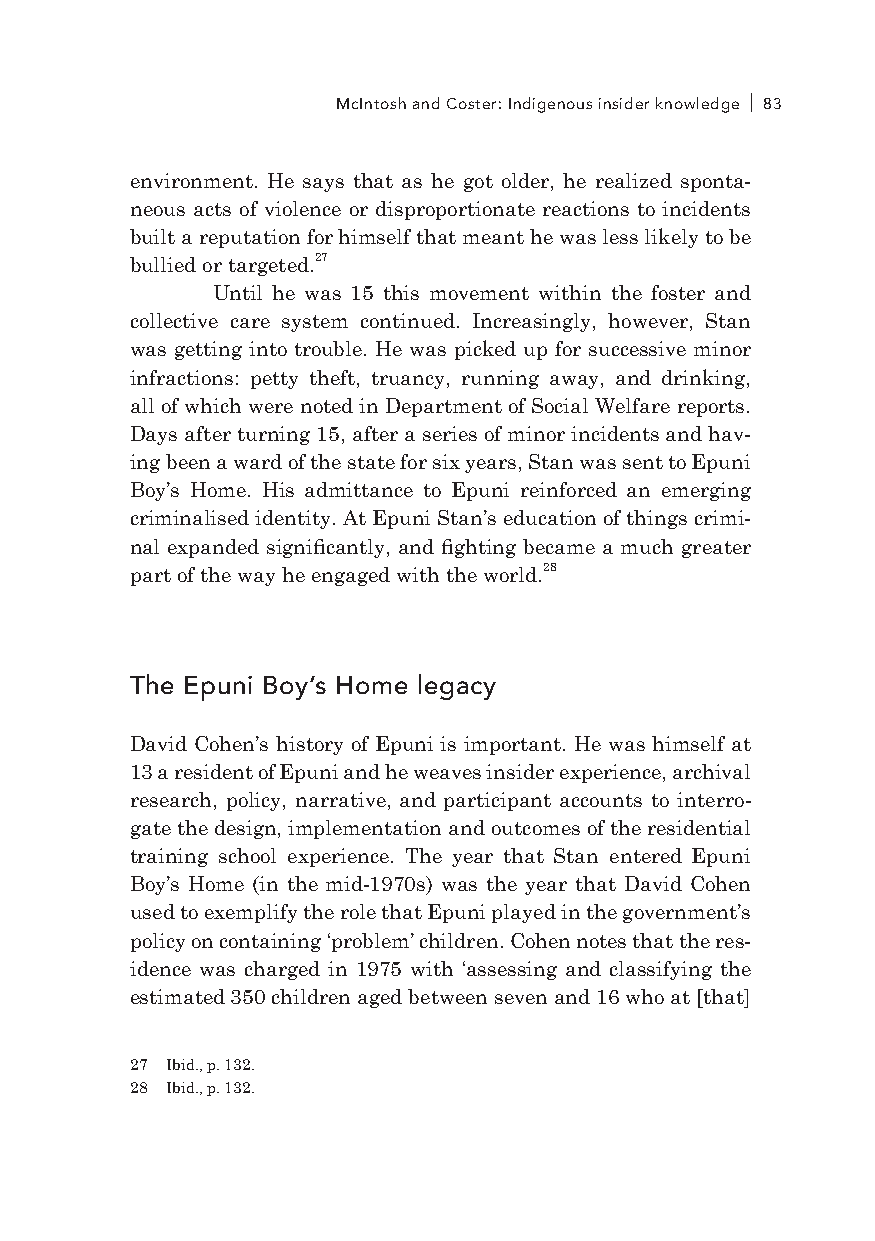
McIntosh and Coster: Indigenous insider knowledge 83
 environment. He says that as he got older, he realized sponta-
 neous acts of violence or disproportionate reactions to incidents
 built a reputation for himself that meant he was less likely to be
 bullied or targeted.27
 Until he was 15 this movement within the foster and
 collective care system continued. Increasingly, however, Stan
 was getting into trouble. He was picked up for successive minor
 infractions: petty theft, truancy, running away, and drinking,
 all of which were noted in Department of Social Welfare reports.
 Days after turning 15, after a series of minor incidents and hav-
 ing been a ward of the state for six years, Stan was sent to Epuni
 Boy’s Home. His admittance to Epuni reinforced an emerging
 criminalised identity. At Epuni Stan’s education of things crimi-
 nal expanded significantly, and fighting became a much greater
 part of the way he engaged with the world.28
 The Epuni Boy’s Home legacy
 David Cohen’s history of Epuni is important. He was himself at
 13 a resident of Epuni and he weaves insider experience, archival
 research, policy, narrative, and participant accounts to interro-
 gate the design, implementation and outcomes of the residential
 training school experience. The year that Stan entered Epuni
 Boy’s Home (in the mid-1970s) was the year that David Cohen
 used to exemplify the role that Epuni played in the government’s
 policy on containing ‘problem’ children. Cohen notes that the res-
 idence was charged in 1975 with ‘assessing and classifying the
 estimated 350 children aged between seven and 16 who at [that]
 27 Ibid., p. 132.
 28 Ibid., p. 132.